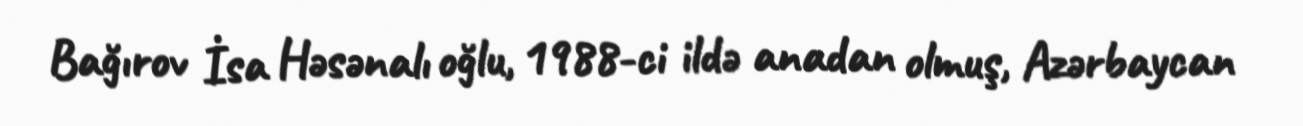
Bağırov İsa Həsənalı oğlu, 1988-ci ildə anadan olmuş, Azərbaycan